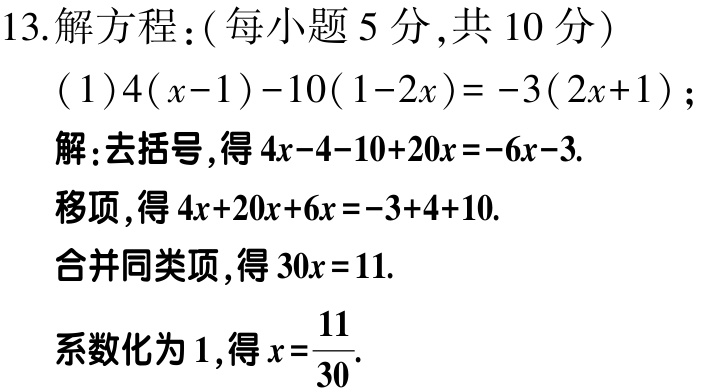
13. 解方程：（每小题5分，共10分）
(1) \(4(x - 1)-10(1 - 2x)=-3(2x + 1)\)；
解：去括号，得\(4x-4 - 10 + 20x=-6x-3\).
移项，得\(4x + 20x+6x=-3 + 4 + 10\).
合并同类项，得\(30x = 11\).
系数化为1，得\(x=\frac{11}{30}\).